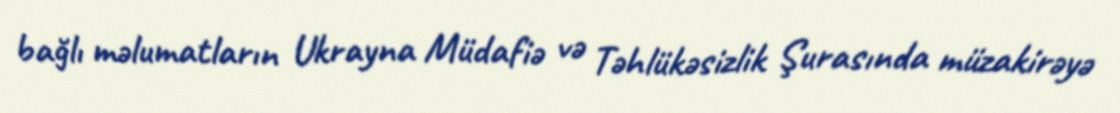
bağlı məlumatların Ukrayna Müdafiə və Təhlükəsizlik Şurasında müzakirəyə